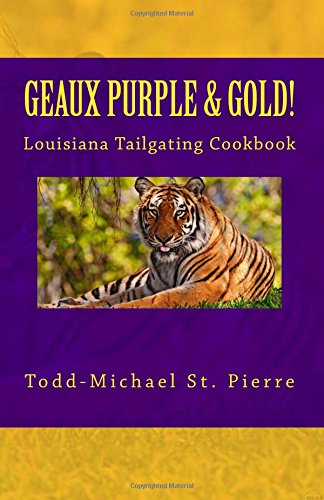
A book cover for GEAUX Purple and Gold!: The Louisiana Tailgating Cookbook; Todd-Michael St. Pierre; Cookbooks, Food & Wine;